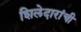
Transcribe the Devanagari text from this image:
शिलेदारांची